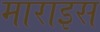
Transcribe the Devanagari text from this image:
माराइस